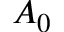
A _ { 0 }